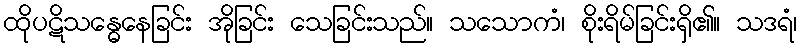
ထိုပဋိသန္ဓေနေခြင်း အိုခြင်း သေခြင်းသည်။ သသောကံ၊ စိုးရိမ်ခြင်းရှိ၏။ သဒရံ၊